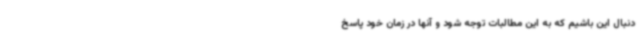
دنبال این باشیم که به این مطالبات توجه شود و آنها در زمان خود پاسخ